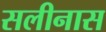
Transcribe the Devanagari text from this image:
सलीनास